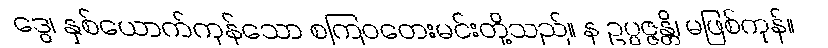
ဒွေ၊ နှစ်ယောက်ကုန်သော စကြဝတေးမင်းတို့သည်။ န ဥပ္ပဇ္ဇန္တိ၊ မဖြစ်ကုန်။